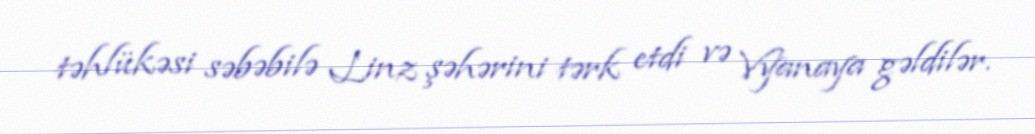
təhlükəsi səbəbilə Linz şəhərini tərk etdi və Vyanaya gəldilər.